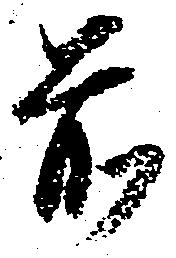
前